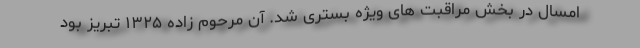
امسال در بخش مراقبت های ویژه بستری شد. آن مرحوم زاده ۱۳۲۵ تبریز بود